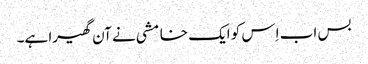
بس اب اِس کو ایک خامشی نے آن گھیرا ہے۔